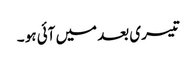
تیسری بعد میں آئی ہو ۔